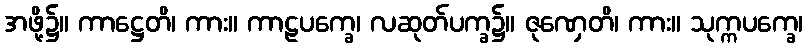
အဖို့၌။ ကာဋ္ဌေတိ၊ ကား။ ကာဠပက္ခေ၊ လဆုတ်ပက္ခ၌။ ဇုဏှေတိ၊ ကား။ သုက္ကပက္ခေ၊